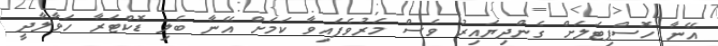
އޭނާ ހޮސްޕިޓަލަށް ގެންދިޔައިރު ވެސް މަރުވެފައިވާ ކަމަށް އޭނާ ބެލި ޑޮކްޓަރާ ހަވާލާދީ